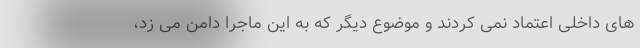
های داخلی اعتماد نمی کردند و موضوع دیگر که به این ماجرا دامن می زد،